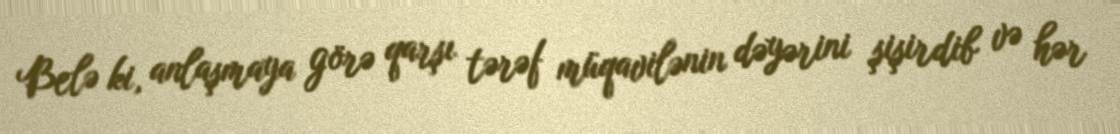
Belə ki, anlaşmaya görə qarşı tərəf müqavilənin dəyərini şişirdib və hər